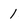
Character: 1